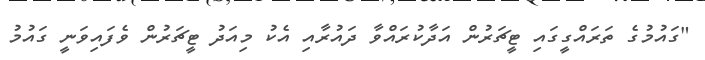
"ގައުމުގެ ތަރައްގީގައި ޓީޗަރުން އަދާކުރައްވާ ދައުރާއި އެކު މިއަދު ޓީޗަރުން ވެފައިވަނީ ގައުމު